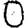
Digit: 0